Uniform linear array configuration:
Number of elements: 8
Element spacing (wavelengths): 1
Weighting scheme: cosine
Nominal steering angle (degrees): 15
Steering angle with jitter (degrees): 15.353
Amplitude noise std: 0.05
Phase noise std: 0.05

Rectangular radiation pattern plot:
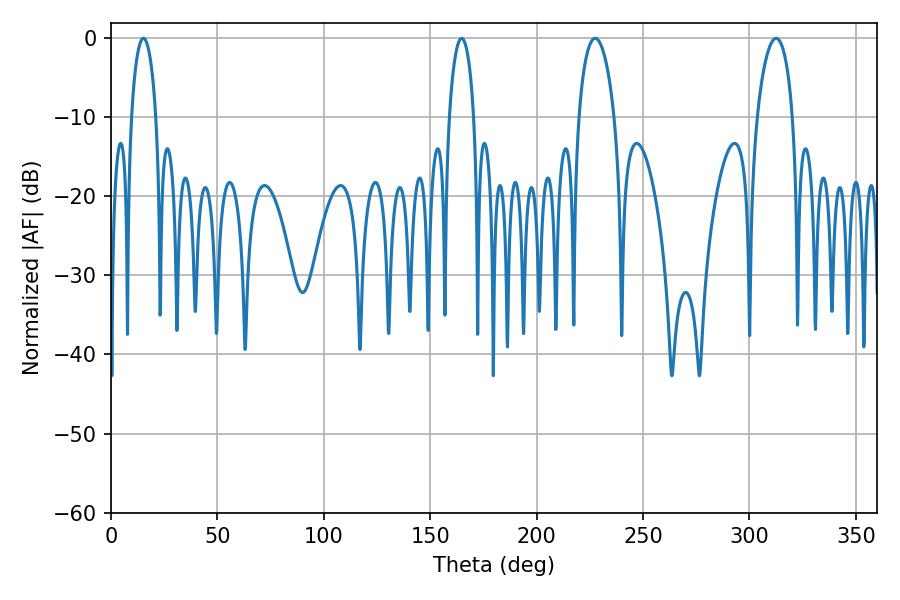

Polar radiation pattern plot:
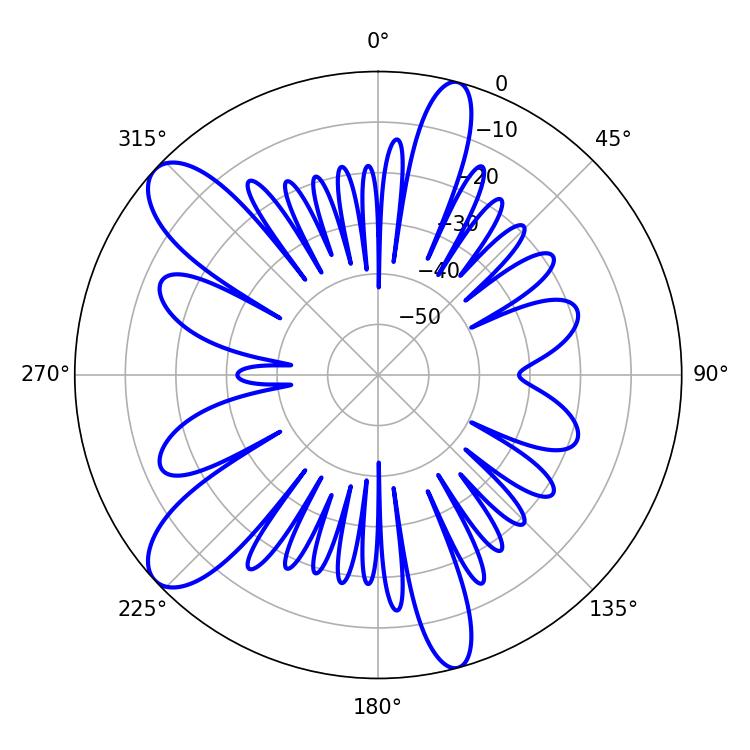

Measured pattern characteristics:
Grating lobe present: TRUE
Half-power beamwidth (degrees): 9.72
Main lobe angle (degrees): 227.52